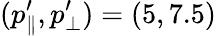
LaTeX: (p_{\parallel}^{\prime},p_{\bot}^{\prime})=(5,7.5)